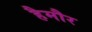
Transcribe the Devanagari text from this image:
हैमौर